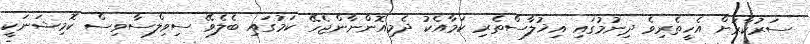
ސަރުކާރަށް އެހީތެރިވެ ދިނުމުގައި އިޚުލާސްތެރި ކަމާއެކު ދެމިއޮންނާންޖެހޭ ކަމުގައި ބެލެވޭ ސިވިލްސާވިސް ކޮމިޝަނަކީ